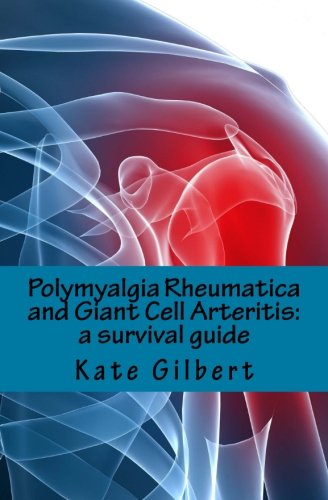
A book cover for Polymyalgia Rheumatica and Giant Cell Arteritis: a survival guide; Dr Kate Gilbert PhD; Health, Fitness & Dieting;